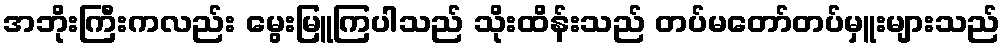
အဘိုးကြီးကလည်း မွေးမြူကြပါသည် သိုးထိန်းသည် တပ်မတော်တပ်မှူးများသည်